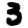
Digit: 3